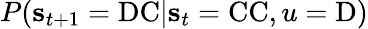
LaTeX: P(\mathbf{s}_{t+1}=\mathrm{DC}|\mathbf{s}_{t}=\mathrm{CC},u=\mathrm{D})